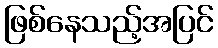
ဖြစ်နေသည့်အပြင်